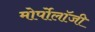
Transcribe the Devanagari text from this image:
मोर्पोलॉजी